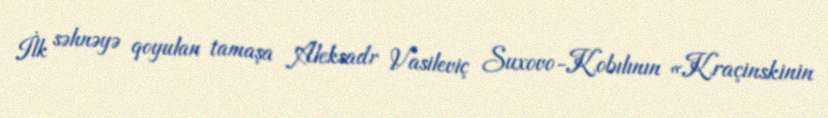
İlk səhnəyə qoyulan tamaşa Aleksadr Vasileviç Suxovo-Kobılının «Kraçinskinin